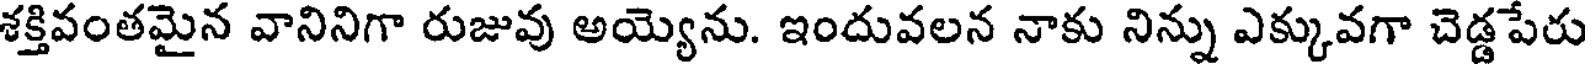
శక్తివంతమైన వానినిగా రుజువు అయ్యెను. ఇందువలన నాకు నిన్ను ఎక్కువగా చెడ్డపేరు